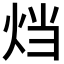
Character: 𤇻